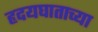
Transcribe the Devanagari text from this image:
हृदयघाताच्या